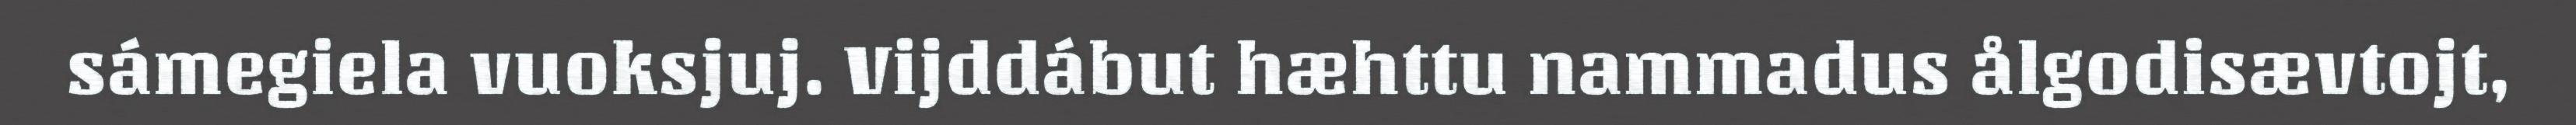
sámegiela vuoksjuj. Vijddábut hæhttu nammadus ålgodisævtojt,